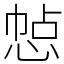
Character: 㥈